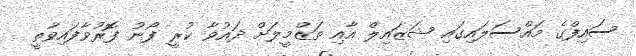
ސައިފްގެ މައްސަލައިގައި ޝަޒައިލް އާއި ތަޒްމީލަށް ދައުވާ ކުރީ ފޯނު ފޮރުވާފައިވާތީ